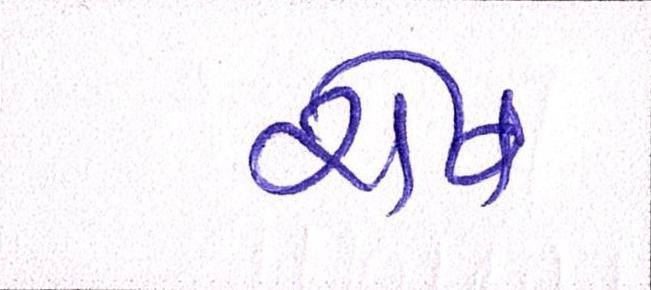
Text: રોષ